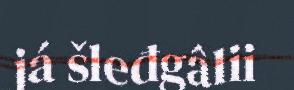
já šleđgâlii